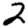
Digit: 2